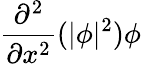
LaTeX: \frac{\partial^{2}}{\partial x^{2}}(|\phi|^{2})\phi